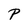
Character: P